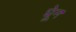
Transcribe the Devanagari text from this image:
घेून